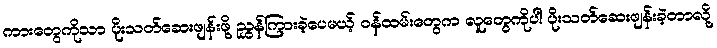
ကားတွေကိုသာ ပိုးသတ်ဆေးဖျန်းဖို့ ညွှန်ကြားခဲ့ပေမယ့် ဝန်ထမ်းတွေက လူတွေကိုပါ ပိုးသတ်ဆေးဖျန်းခဲ့တာလို့